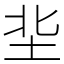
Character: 㘳